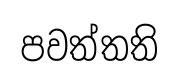
පවත්තති